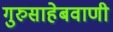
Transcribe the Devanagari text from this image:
गुरुसाहेबवाणी